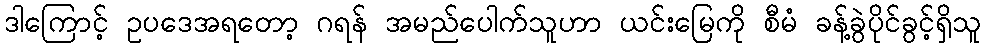
ဒါကြောင့် ဥပဒေအရတော့ ဂရန် အမည်ပေါက်သူဟာ ယင်းမြေကို စီမံ ခန့်ခွဲပိုင်ခွင့်ရှိသူ